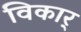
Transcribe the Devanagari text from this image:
विकार्